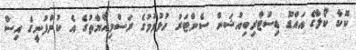
ކޮކާ ކޯލާގެ އައްޑޫ ޑިސްޓްރިބިއުޝަން ސެންޓަރު ހުޅުވުމުގެ ރަސްމިއްޔާތުގެ އެ ކުންފުނީގެ އިސް